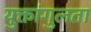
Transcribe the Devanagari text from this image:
युक्तांगुलता